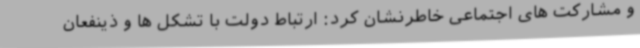
و مشارکت های اجتماعی خاطرنشان کرد: ارتباط دولت با تشکل ها و ذینفعان